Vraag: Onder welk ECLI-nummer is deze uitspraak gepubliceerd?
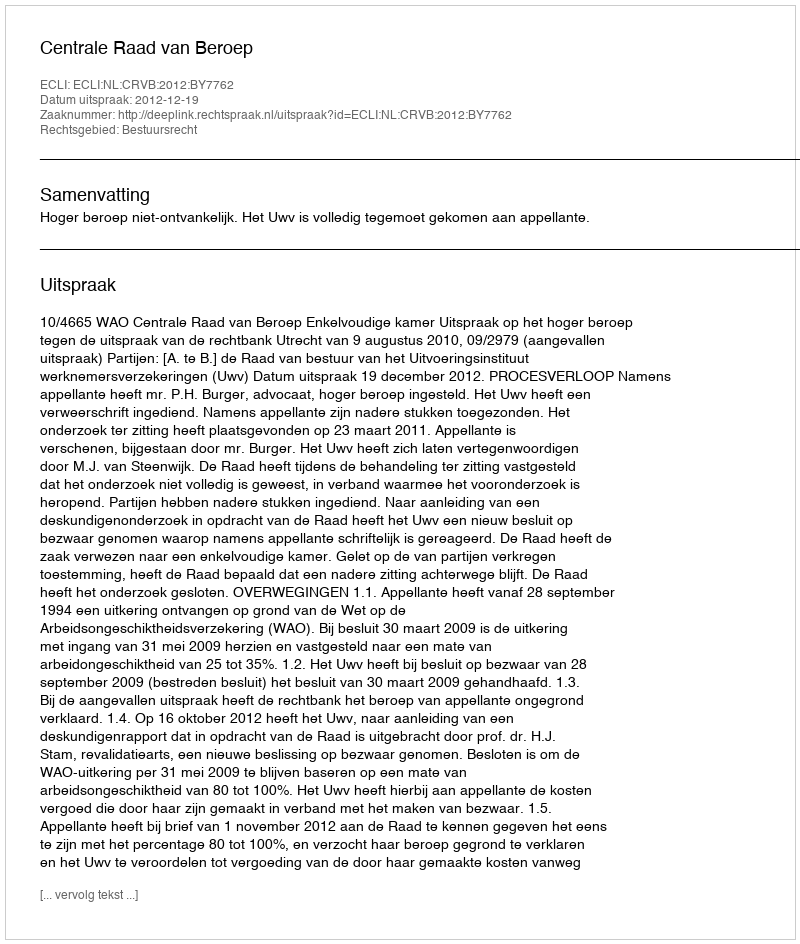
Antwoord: ECLI:NL:CRVB:2012:BY7762